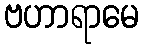
ဗဟာရာမေ